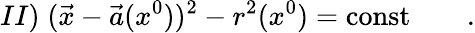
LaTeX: II)\; (\vec{x}-\vec{a}(x^{0}))^{2}-r^{2}(x^{0})=\mathrm{const}\qquad.